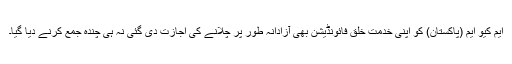
ایم کیو ایم (پاکستان) کو اپنی خدمتِ خلق فائونڈیشن بھی آزادانہ طور پر چلانے کی اجازت دی گئی نہ ہی چندہ جمع کرنے دیا گیا۔